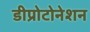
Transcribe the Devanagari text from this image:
डीप्रोटोनेशन